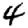
Digit: 4